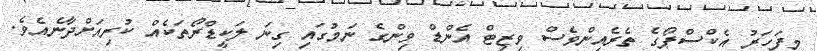
މިފަހަރު އެކްސްޕޯގެ ތެރެއިންވެސް ވިޒިޓް އެންޑް ވިންގެ ނަމުގައި ގިނަ ލަކީޑްރޯތަކެއް ކުރިއަށްދާނެއެވެ.